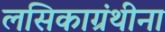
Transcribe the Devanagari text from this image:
लसिकाग्रंथीना